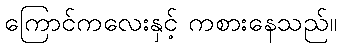
ကြောင်ကလေးနှင့် ကစားနေသည်။